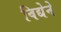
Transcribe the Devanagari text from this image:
विद्येने